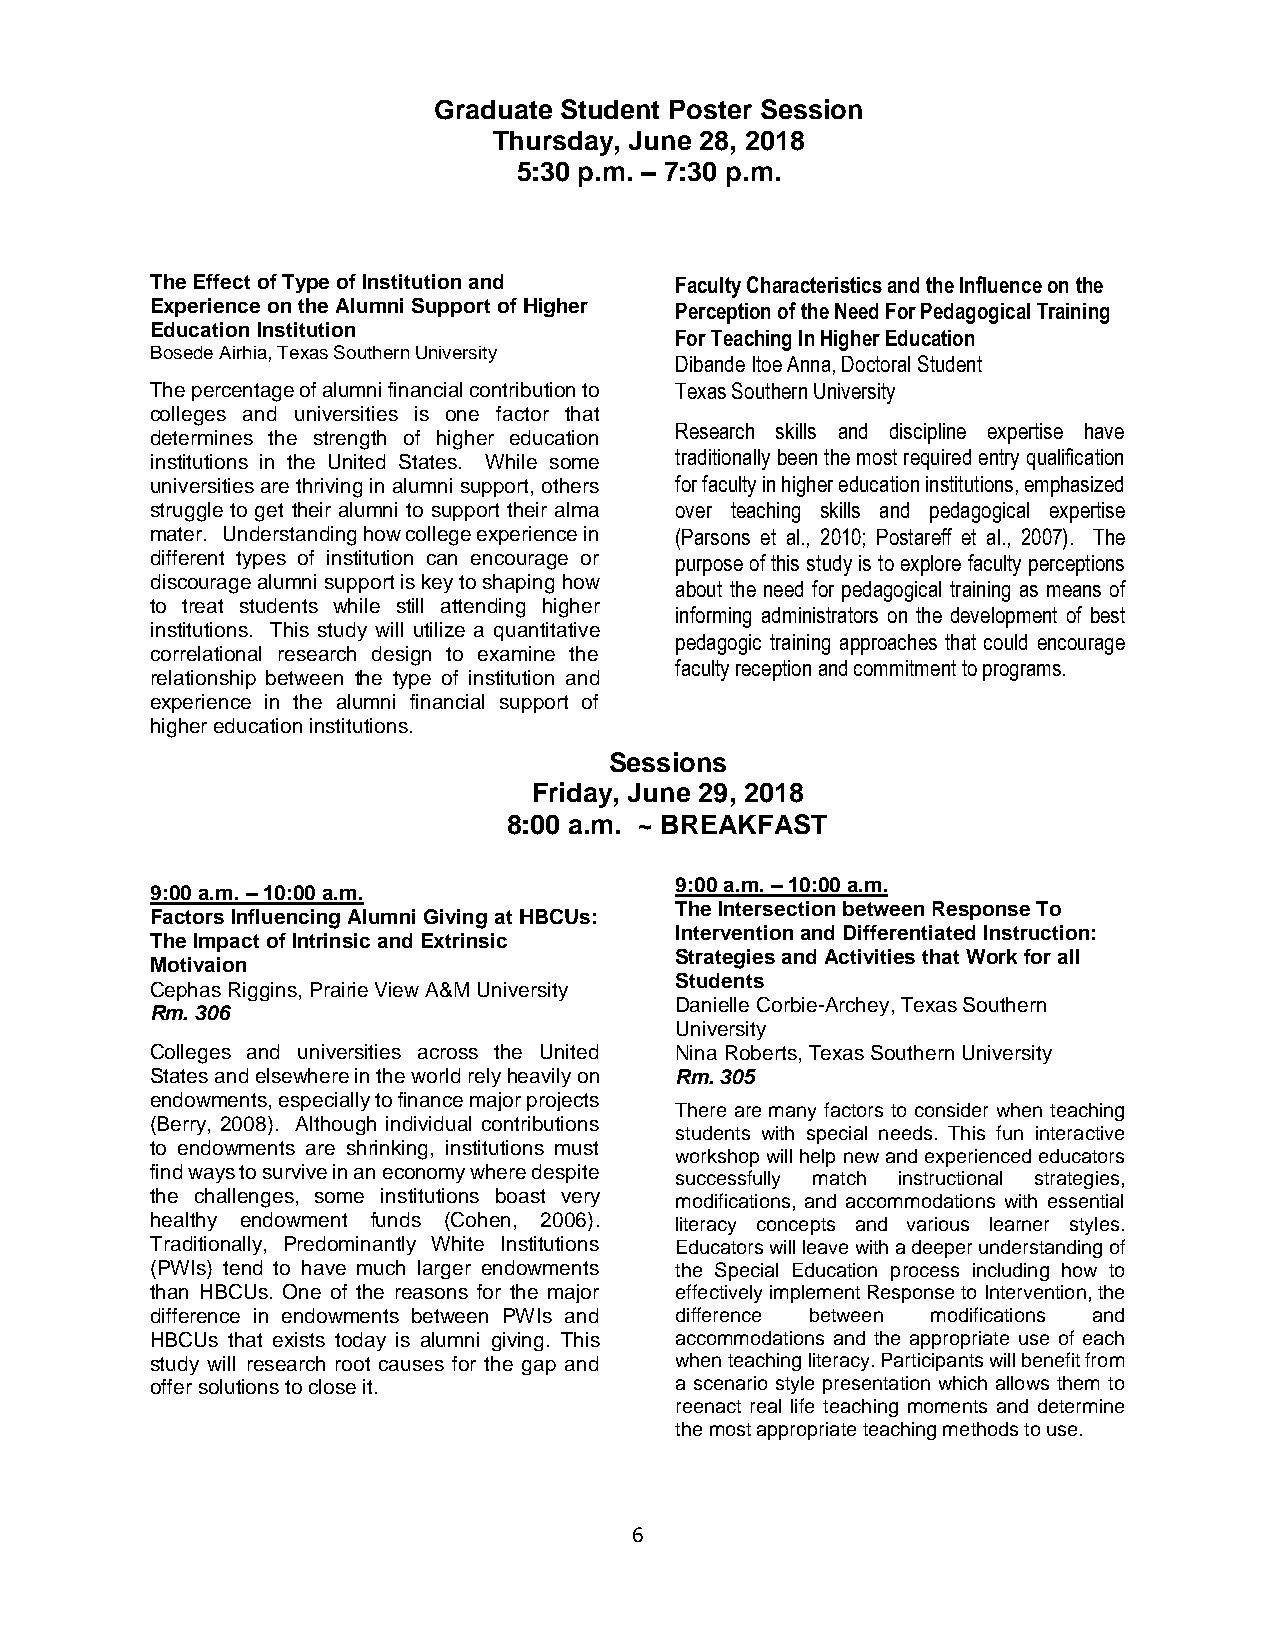
Graduate Student Poster Session
 Thursday, June 28, 2018
 5:30 p.m. – 7:30 p.m.
 The Effect of Type of Institution and Faculty Characteristics and the Influence on the
 Experience on the Alumni Support of Higher Perception of the Need For Pedagogical Training
 Education Institution
 For Teaching In Higher Education
 Bosede Airhia, Texas Southern University
 Dibande Itoe Anna, Doctoral Student
 The percentage of alumni financial contribution to Texas Southern University
 colleges and universities is one factor that
 Research skills and discipline expertise have
 determines the strength of higher education
 institutions in the United States. While some traditionally been the most required entry qualification
 universities are thriving in alumni support, others for faculty in higher education institutions, emphasized
 struggle to get their alumni to support their alma over teaching skills and pedagogical expertise
 mater. Understanding how college experience in (Parsons et al., 2010; Postareff et al., 2007). The
 different types of institution can encourage or purpose of this study is to explore faculty perceptions
 discourage alumni support is key to shaping how
 about the need for pedagogical training as means of
 to treat students while still attending higher
 informing administrators on the development of best
 institutions. This study will utilize a quantitative
 pedagogic training approaches that could encourage
 correlational research design to examine the
 faculty reception and commitment to programs.
 relationship between the type of institution and
 experience in the alumni financial support of
 higher education institutions.
 Sessi ons
 Friday, Jun e 29, 2018
 8:00 a.m. ~ BREAKFAST
 9:00 a.m. – 10:00 a.m.
 9:00 a.m. – 10:00 a.m.
 The Intersection between Response To
 Factors Influencing Alumni Giving at HBCUs:
 Intervention and Differentiated Instruction:
 The Impact of Intrinsic and Extrinsic
 Mo tivaion
 Strategies and Activities that Work for all
 Students
 Cephas Riggins, Prairie View A&M University
 Danielle Corbie-Archey, Texas Southern
 Rm. 306
 University
 Colleges and universities across the United Nina Roberts, Texas Southern University
 States and elsewhere in the world rely heavily on Rm. 305
 endowments, especially to finance major projects
 There are many factors to consider when teaching
 (Berry, 2008). Although individual contributions
 students with special needs. This fun interactive
 to endowments are shrinking, institutions must
 workshop will help new and experienced educators
 find ways to survive in an economy where despite
 successfully match instructional strategies,
 the challenges, some institutions boast very modifications, and accommodations with essential
 healthy endowment funds (Cohen, 2006). literacy concepts and various learner styles.
 Traditionally, Predominantly White Institutions Educators will leave with a deeper understanding of
 (PWIs) tend to have much larger endowments the Special Education process including how to
 than HBCUs. One of the reasons for the major effectively implement Response to Intervention, the
 difference in endowments between PWIs and difference between modifications and
 HBCUs that exists today is alumni giving. This accommodations and the appropriate use of each
 study will research root causes for the gap and when teaching literacy. Participants will benefit from
 offer solutions to close it.       a scenario style presentation which allows them to
 reenact real life teaching moments and determine
 the most appropriate teaching methods to use.
 6